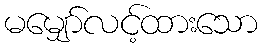
မမျှော်လင့်ထားသော